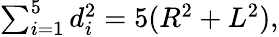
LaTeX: \textstyle\sum_{i=1}^{5}d_{i}^{2}=5(R^{2}+L^{2}),